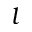
l